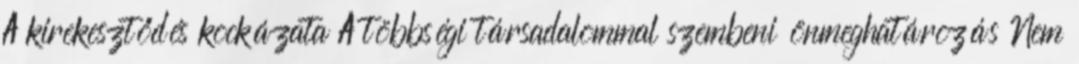
A kirekesztődés kockázata A többségi társadalommal szembeni önmeghatározás Nem